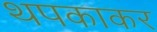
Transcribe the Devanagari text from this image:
थपकाकर